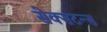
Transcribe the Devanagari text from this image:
सेक्सटन्स